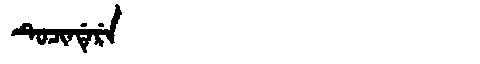
Manchu: ᡨᡠᠴᡳᠨᡩᡝᡵᡝ
Romanization: TUCINDERE